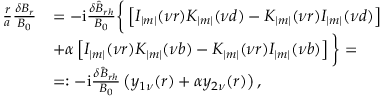
\begin{array} { r } { \begin{array} { r l } { \frac { r } { a } \frac { \delta B _ { r } } { B _ { 0 } } } & { = - \mathrm { i } \frac { \delta \hat { B } _ { r h } } { B _ { 0 } } \bigg \{ \left[ I _ { | m | } ( \nu r ) K _ { | m | } ( \nu d ) - K _ { | m | } ( \nu r ) I _ { | m | } ( \nu d ) \right] } \\ & { + \alpha \left[ I _ { | m | } ( \nu r ) K _ { | m | } ( \nu b ) - K _ { | m | } ( \nu r ) I _ { | m | } ( \nu b ) \right] \bigg \} = } \\ & { = : - \mathrm { i } \frac { \delta \hat { B } _ { r h } } { B _ { 0 } } \left( y _ { 1 \nu } ( r ) + \alpha y _ { 2 \nu } ( r ) \right) , } \end{array} } \end{array}